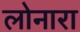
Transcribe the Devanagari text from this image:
लोनारा